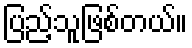
ပြည့်သူဖြစ်တယ်။